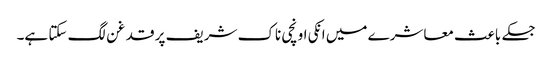
جسکے باعث معاشرے میں انکی اونچی ناک شریف پر قدغن لگ سکتا ہے۔